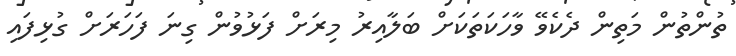
ތުންތުން މަތިން ދެކެވޭ ވާހަކަތަކަށް ބަލާއިރު މިރަށް ފަޅުވުން ގިނަ ފަހަރަށް ގުޅިފައި